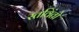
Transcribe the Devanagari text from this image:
स्तविंतो